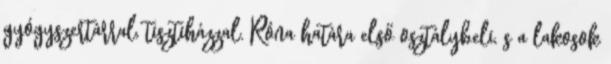
gyógyszertárral, tisztiházzal. Róna határa első osztálybeli, s a lakosok